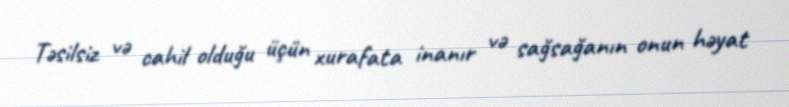
Təsilsiz və cahil olduğu üçün xurafata inanır və sağsağanın onun həyat